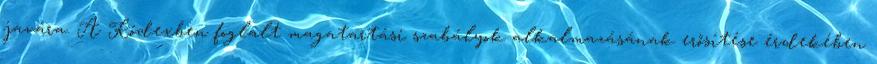
javára. A Kódexben foglalt magatartási szabályok alkalmazásának erősítése érdekében